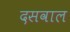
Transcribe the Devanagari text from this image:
दसवाल